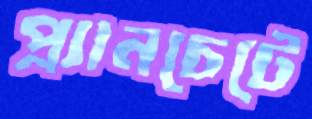
প্ল্যানচেটে